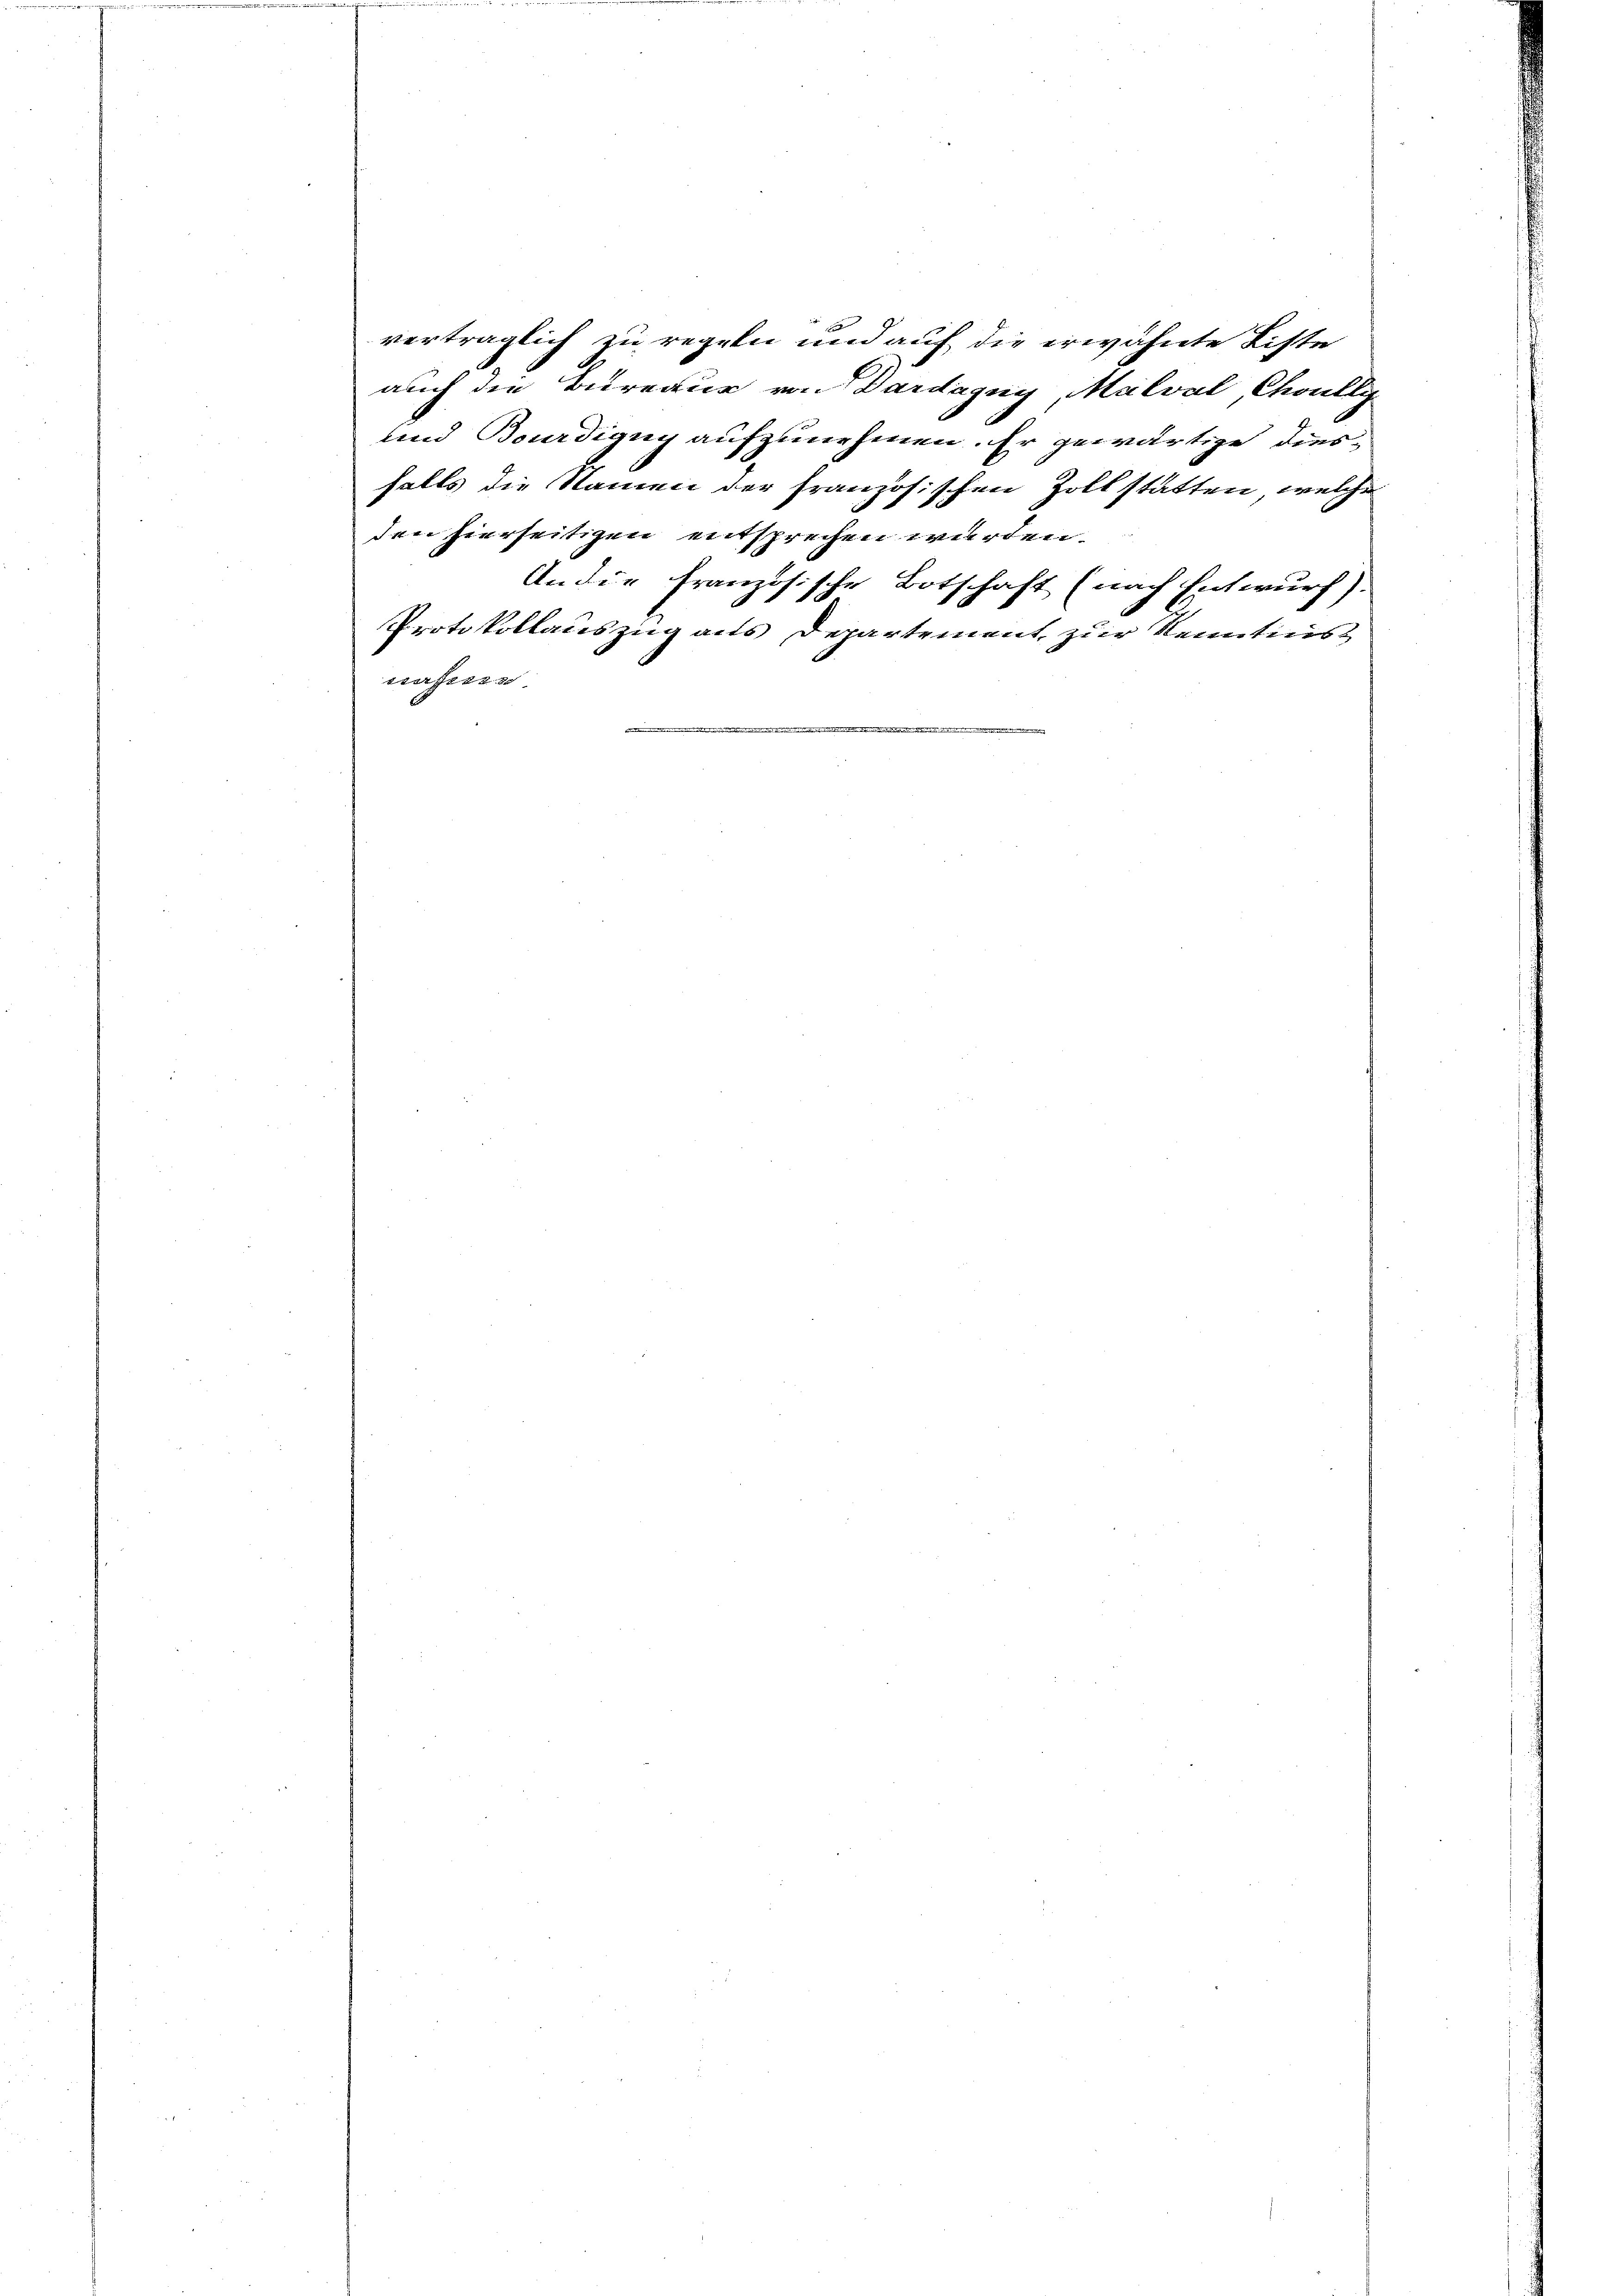
verträglich zu regeln und auf die erwähnte Liste
auch die Bureaus von Dardagny, Malval, Choully
und Bourdigug aufzunehmen. Er gewärtige diesfalls die Namen der französischen Zollstatten, welche
An die französische Botschaft (nach Entwurf).
Protokollauszug aus Departement zur Kenntnis

den hierseitigen entsprechen wurden.
sserstes